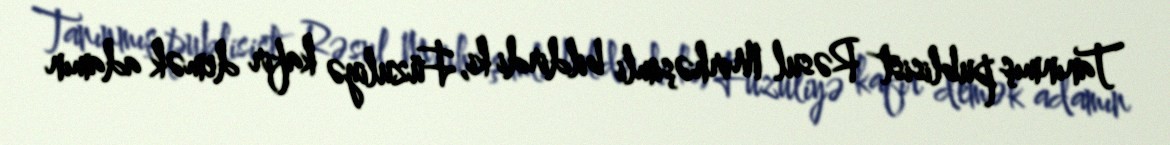
Tanınmış publisist Rəsul Mirhəşimli bildirdi ki, Füzuliyə kafir demək adamın